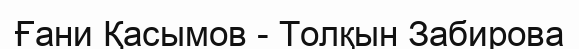
Ғани Қасымов - Толқын Забирова